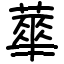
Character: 蕐